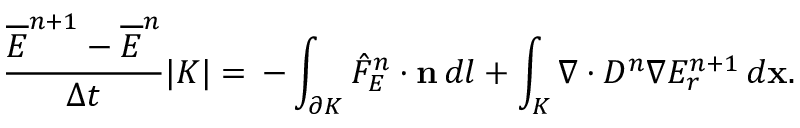
\frac { \overline { { E } } ^ { n + 1 } - \overline { { E } } ^ { n } } { \Delta t } | K | = \, - \int _ { \partial K } \hat { F } _ { E } ^ { n } \cdot \mathbf { n } \, d l + \int _ { K } \nabla \cdot D ^ { n } \nabla E _ { r } ^ { n + 1 } \, d \mathbf { x } .